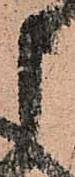
申